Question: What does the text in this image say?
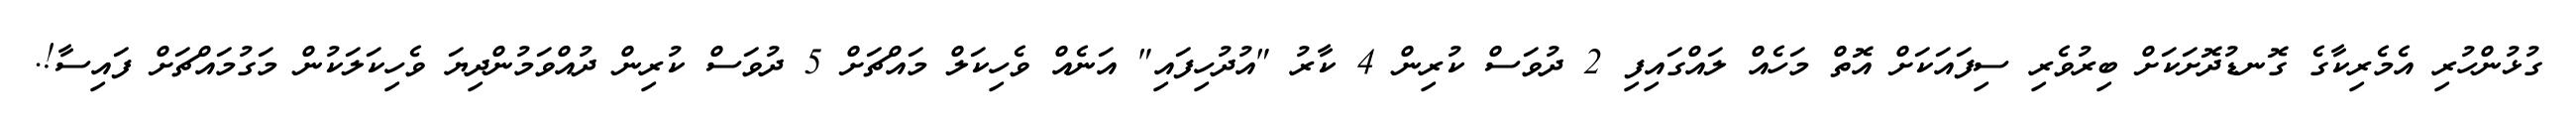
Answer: ގުޅުންހުރި އެމެރިކާގެ ގޮނޑުދޮށަކަށް ބިރުވެރި ސިފައަކަށް އޮތް މަހެއް ލައްގައިފި 2 ދުވަސް ކުރިން 4 ކާރު "އުދުހިފައި" އަނެއް ވެހިކަލް މައްޗަށް 5 ދުވަސް ކުރިން ދުއްވަމުންދިޔަ ވެހިކަލަކުން މަގުމައްޗަށް ފައިސާ!.